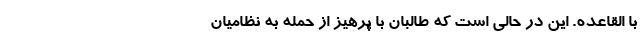
با القاعده. این در حالی است که طالبان با پرهیز از حمله به نظامیان